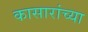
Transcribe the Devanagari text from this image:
कासारांच्या